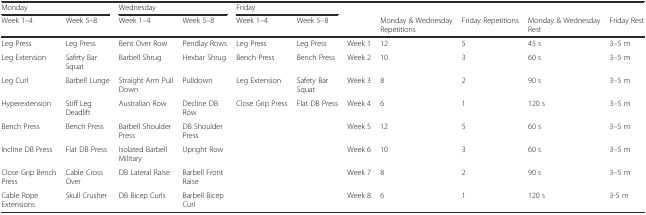
<table><thead><tr><td colspan="2"><b>Monday</b></td><td colspan="2"><b>Wednesday</b></td><td colspan="2"><b>Friday</b></td><td>[EMPTY_CELL]</td><td>[EMPTY_CELL]</td><td>[EMPTY_CELL]</td><td>[EMPTY_CELL]</td><td>[EMPTY_CELL]</td></tr><tr><td><b>Week 1–4</b></td><td><b>Week 5–8</b></td><td><b>Week 1–4</b></td><td><b>Week 5–8</b></td><td><b>Week 1–4</b></td><td><b>Week 5–8</b></td><td>[EMPTY_CELL]</td><td><b>Monday &amp; Wednesday Repetitions</b></td><td><b>Friday Repetitions</b></td><td><b>Monday &amp; Wednesday Rest</b></td><td><b>Friday Rest</b></td></tr></thead><tbody><tr><td>Leg Press</td><td>Leg Press</td><td>Bent Over Row</td><td>Pendlay Rows</td><td>Leg Press</td><td>Leg Press</td><td>Week 1</td><td>12</td><td>5</td><td>45 s</td><td>3–5 m</td></tr><tr><td>Leg Extension</td><td>Safety Bar Squat</td><td>Barbell Shrug</td><td>Hexbar Shrug</td><td>Bench Press</td><td>Bench Press</td><td>Week 2</td><td>10</td><td>3</td><td>60 s</td><td>3–5 m</td></tr><tr><td>Leg Curl</td><td>Barbell Lunge</td><td>Straight Arm Pull Down</td><td>Pulldown</td><td>Leg Extension</td><td>Safety Bar Squat</td><td>Week 3</td><td>8</td><td>2</td><td>90 s</td><td>3–5 m</td></tr><tr><td>Hyperextension</td><td>Stiff Leg Deadlift</td><td>Australian Row</td><td>Decline DB Row</td><td>Close Grip Press</td><td>Flat DB Press</td><td>Week 4</td><td>6</td><td>1</td><td>120 s</td><td>3–5 m</td></tr><tr><td>Bench Press</td><td>Bench Press</td><td>Barbell Shoulder Press</td><td>DB Shoulder Press</td><td>[EMPTY_CELL]</td><td>[EMPTY_CELL]</td><td>Week 5</td><td>12</td><td>5</td><td>60 s</td><td>3–5 m</td></tr><tr><td>Incline DB Press</td><td>Flat DB Press</td><td>Isolated Barbell Military</td><td>Upright Row</td><td>[EMPTY_CELL]</td><td>[EMPTY_CELL]</td><td>Week 6</td><td>10</td><td>3</td><td>60 s</td><td>3–5 m</td></tr><tr><td>Close Grip Bench Press</td><td>Cable Cross Over</td><td>DB Lateral Raise</td><td>Barbell Front Raise</td><td>[EMPTY_CELL]</td><td>[EMPTY_CELL]</td><td>Week 7</td><td>8</td><td>2</td><td>90 s</td><td>3–5 m</td></tr><tr><td>Cable Rope Extensions</td><td>Skull Crusher</td><td>DB Bicep Curls</td><td>Barbell Bicep Curl</td><td>[EMPTY_CELL]</td><td>[EMPTY_CELL]</td><td>Week 8</td><td>6</td><td>1</td><td>120 s</td><td>3-5 m</td></tr></tbody></table>